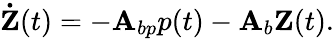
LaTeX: \mathbf{\dot{Z}}(t)=-\mathbf{A}_{bp}p(t)-\mathbf{A}_{b}\mathbf{Z}(t).